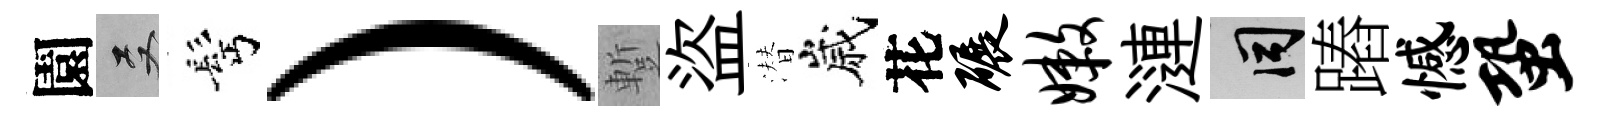
園双髩）蹔盜潜嵗花碾嫩漣间蹖憾蛩